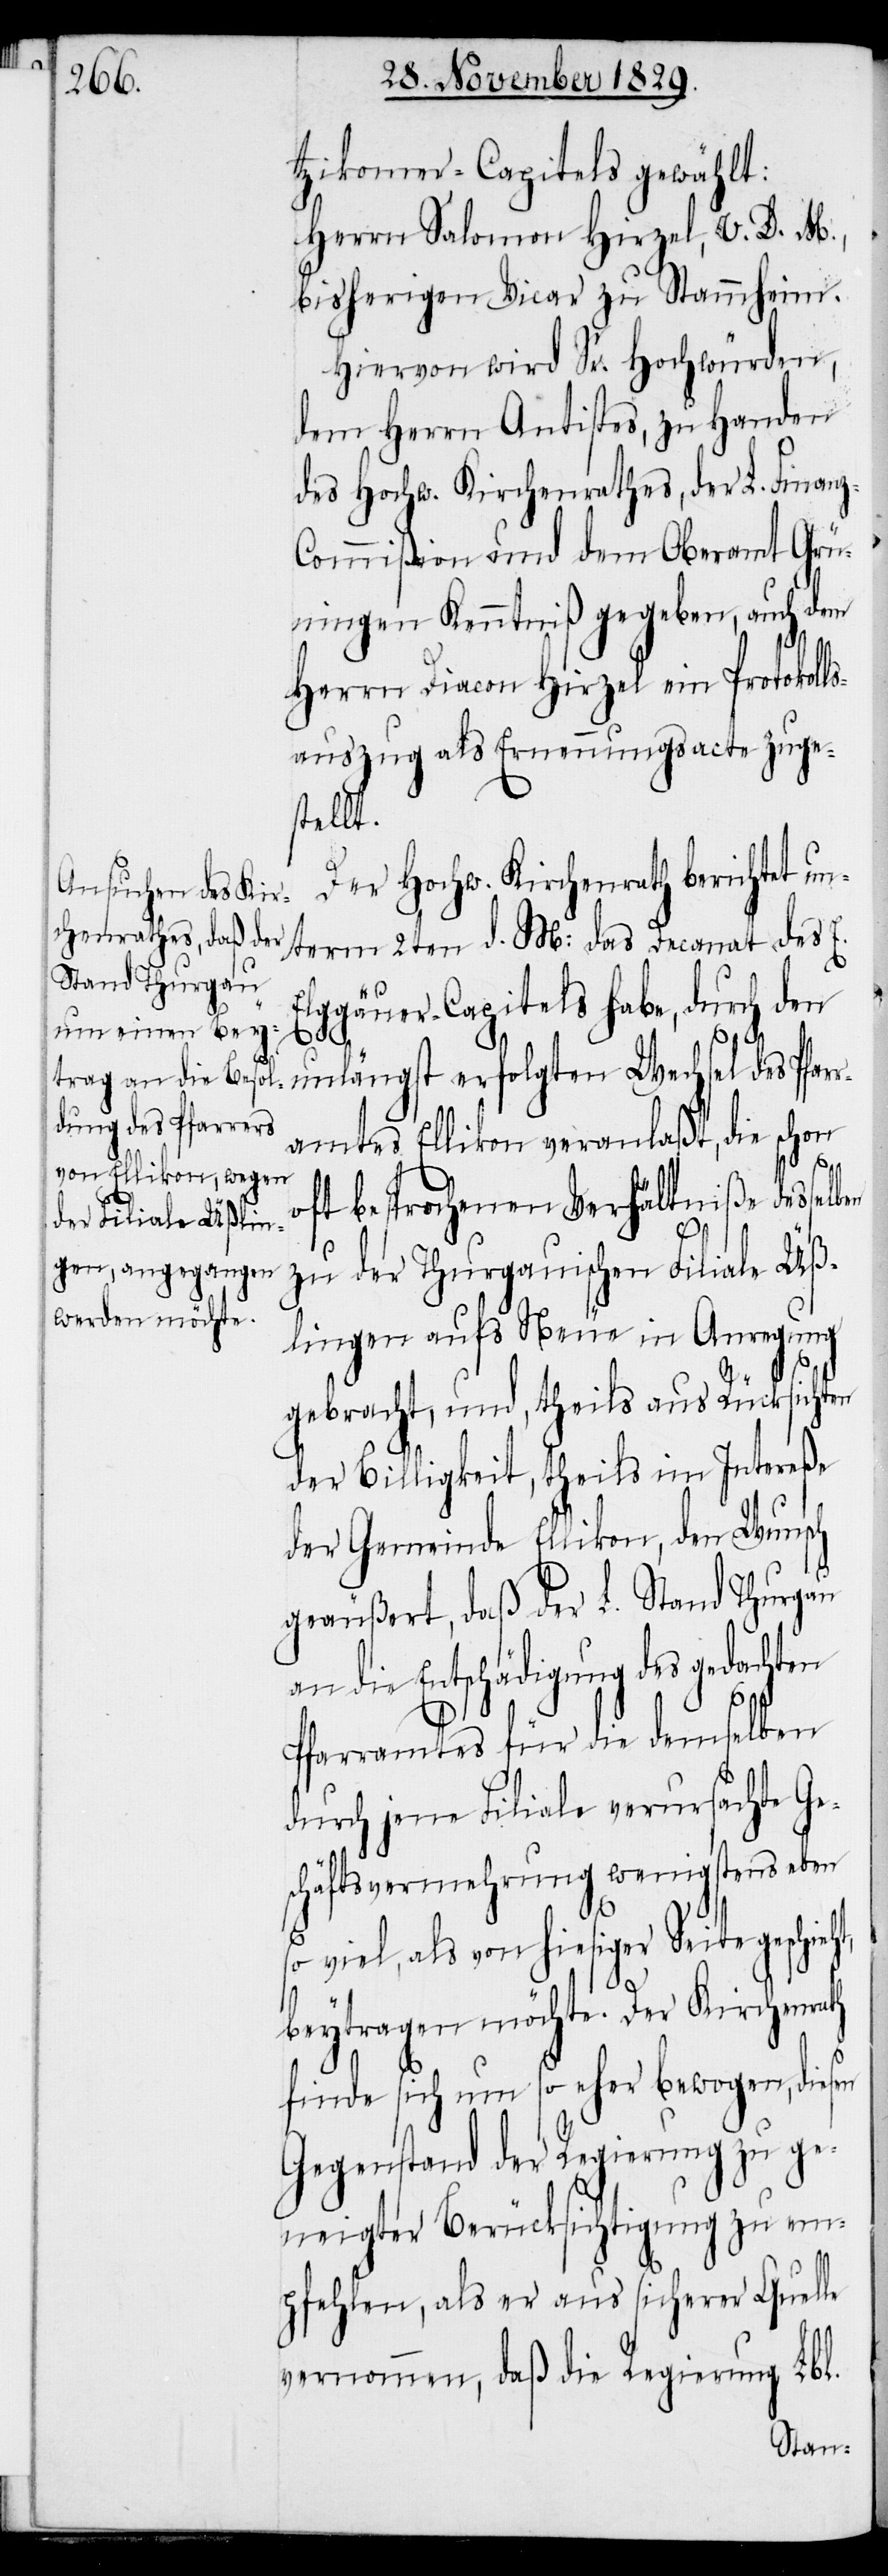
tzikoner-Capitels gewählt:
Herrn Salomon Hirzel, V. D. M.,
bisherigen Vicar zu Stammheim.
Hiervon wird Sr. Hochwürden,
dem Herrn Antistes, zu Handen
des Hochw. Kirchenrathes, der L. Finan¬
z-Commißion und dem Oberamt Grü¬
nigen Kenntniß gegeben, auch dem
Herrn Diacon Hirzel ein Protokoll¬
sauszug als Ernennungsacte zuge¬
stellt.
Der Hochw. Kirchenrath berichtet un¬
term 2ten d. M: das Decanat des E.
Elggäuer-Capitels habe, durch den
unlängst erfolgten Wechsel des Pfar¬
ramtes Ellikon veranlaßt, die schon
t,
oft besprochenen Verhältniße dessel¬
zu der Thurgauischen Filiale Üß¬
lingen aufs Neue in Anregung
gebracht, und, theils aus Rücksichten
der Billigkeit, theils im Intereße
der Gemeinde Ellikon, den Wunsch
geäußert, daß der L. Stand Thurgau
an die Entschädigung des gedachten
Pfarramtes für die demselben
durch jene Filiale verursachte Ge¬
schäftsvermehrung wenigstens eben
so viel, als von hiesiger Seite geschieh¬
beytragen möchte. Der Kirchenrath
finde sich um so eher bewogen, diesen
Gegenstand der Regierung zu ge¬
neigter Berücksichtigung zu em¬
pfehlen, als er aus sicherer Quelle
vernommen, daß die Regierung Lbl.